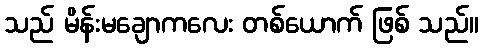
သည် မိန်းမချောကလေး တစ်ယောက် ဖြစ် သည်။